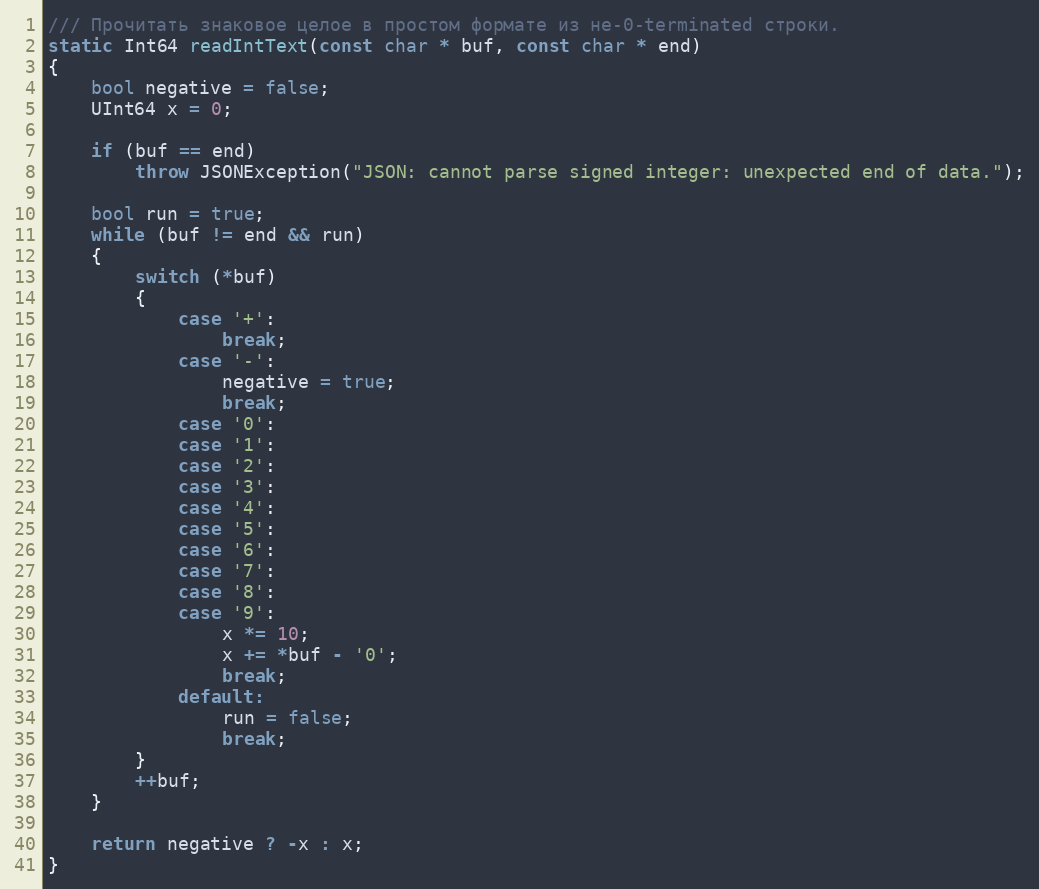
Language: C++
/// Прочитать знаковое целое в простом формате из не-0-terminated строки.
static Int64 readIntText(const char * buf, const char * end)
{
    bool negative = false;
    UInt64 x = 0;

    if (buf == end)
        throw JSONException("JSON: cannot parse signed integer: unexpected end of data.");

    bool run = true;
    while (buf != end && run)
    {
        switch (*buf)
        {
            case '+':
                break;
            case '-':
                negative = true;
                break;
            case '0':
            case '1':
            case '2':
            case '3':
            case '4':
            case '5':
            case '6':
            case '7':
            case '8':
            case '9':
                x *= 10;
                x += *buf - '0';
                break;
            default:
                run = false;
                break;
        }
        ++buf;
    }

    return negative ? -x : x;
}